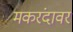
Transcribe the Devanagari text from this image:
मकरंदावर